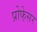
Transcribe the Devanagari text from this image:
प्रोफे़सर